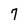
Character: 7